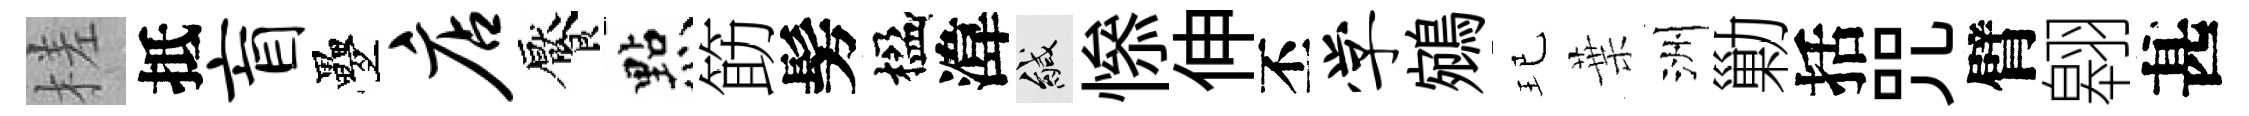
槎抵盲疊店饜㸃筯髣楹湋緘𢡖伸丕学鵷玘葉洲勦括咒臂翱甚